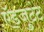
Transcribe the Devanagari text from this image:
ऍड्जुटंट